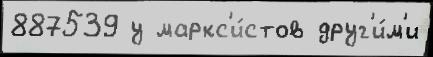
887539 у маркс'и́стов друг'и́м'и